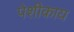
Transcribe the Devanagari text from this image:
पेशीकाय